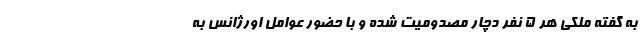
به گفته ملکی هر ۵ نفر دچار مصدومیت شده و با حضور عوامل اورژانس به